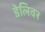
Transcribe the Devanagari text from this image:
डेलिवर